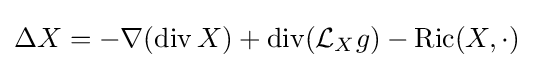
\Delta X=-\nabla (\operatorname {div} X)+\operatorname {div} ({\mathcal {L}}_{X}g)-\operatorname {Ric} (X,\cdot )